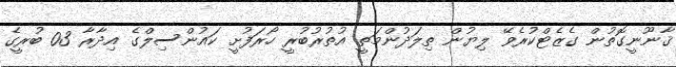
ޤާނޫނީގޮތުން ގެޒެޓްކުރެވޭ ލިޔުން ތިލަދުންމަތީ އުތުރުބުރީ ހޯރަފުށީ ކައުންސިލްގެ އިދާރާ 03 ބުރީގެ